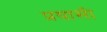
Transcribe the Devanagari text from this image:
प्रयासी